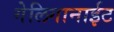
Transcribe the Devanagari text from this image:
गेलिगानाईट